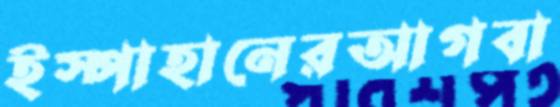
ইস্পাহানেরআগবা